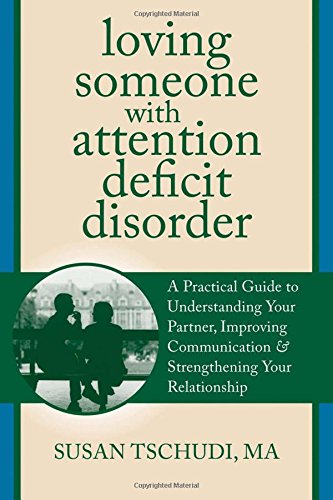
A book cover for Loving Someone With Attention Deficit Disorder: A Practical Guide to Understanding Your Partner, Improving Your Communication, and Strengthening Your ... (The New Harbinger Loving Someone Series); Susan Tschudi; Health, Fitness & Dieting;